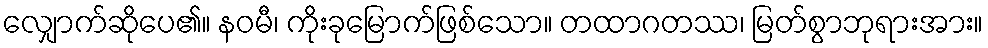
လျှောက်ဆိုပေ၏။ နဝမီ၊ ကိုးခုမြောက်ဖြစ်သော။ တထာဂတဿ၊ မြတ်စွာဘုရားအား။